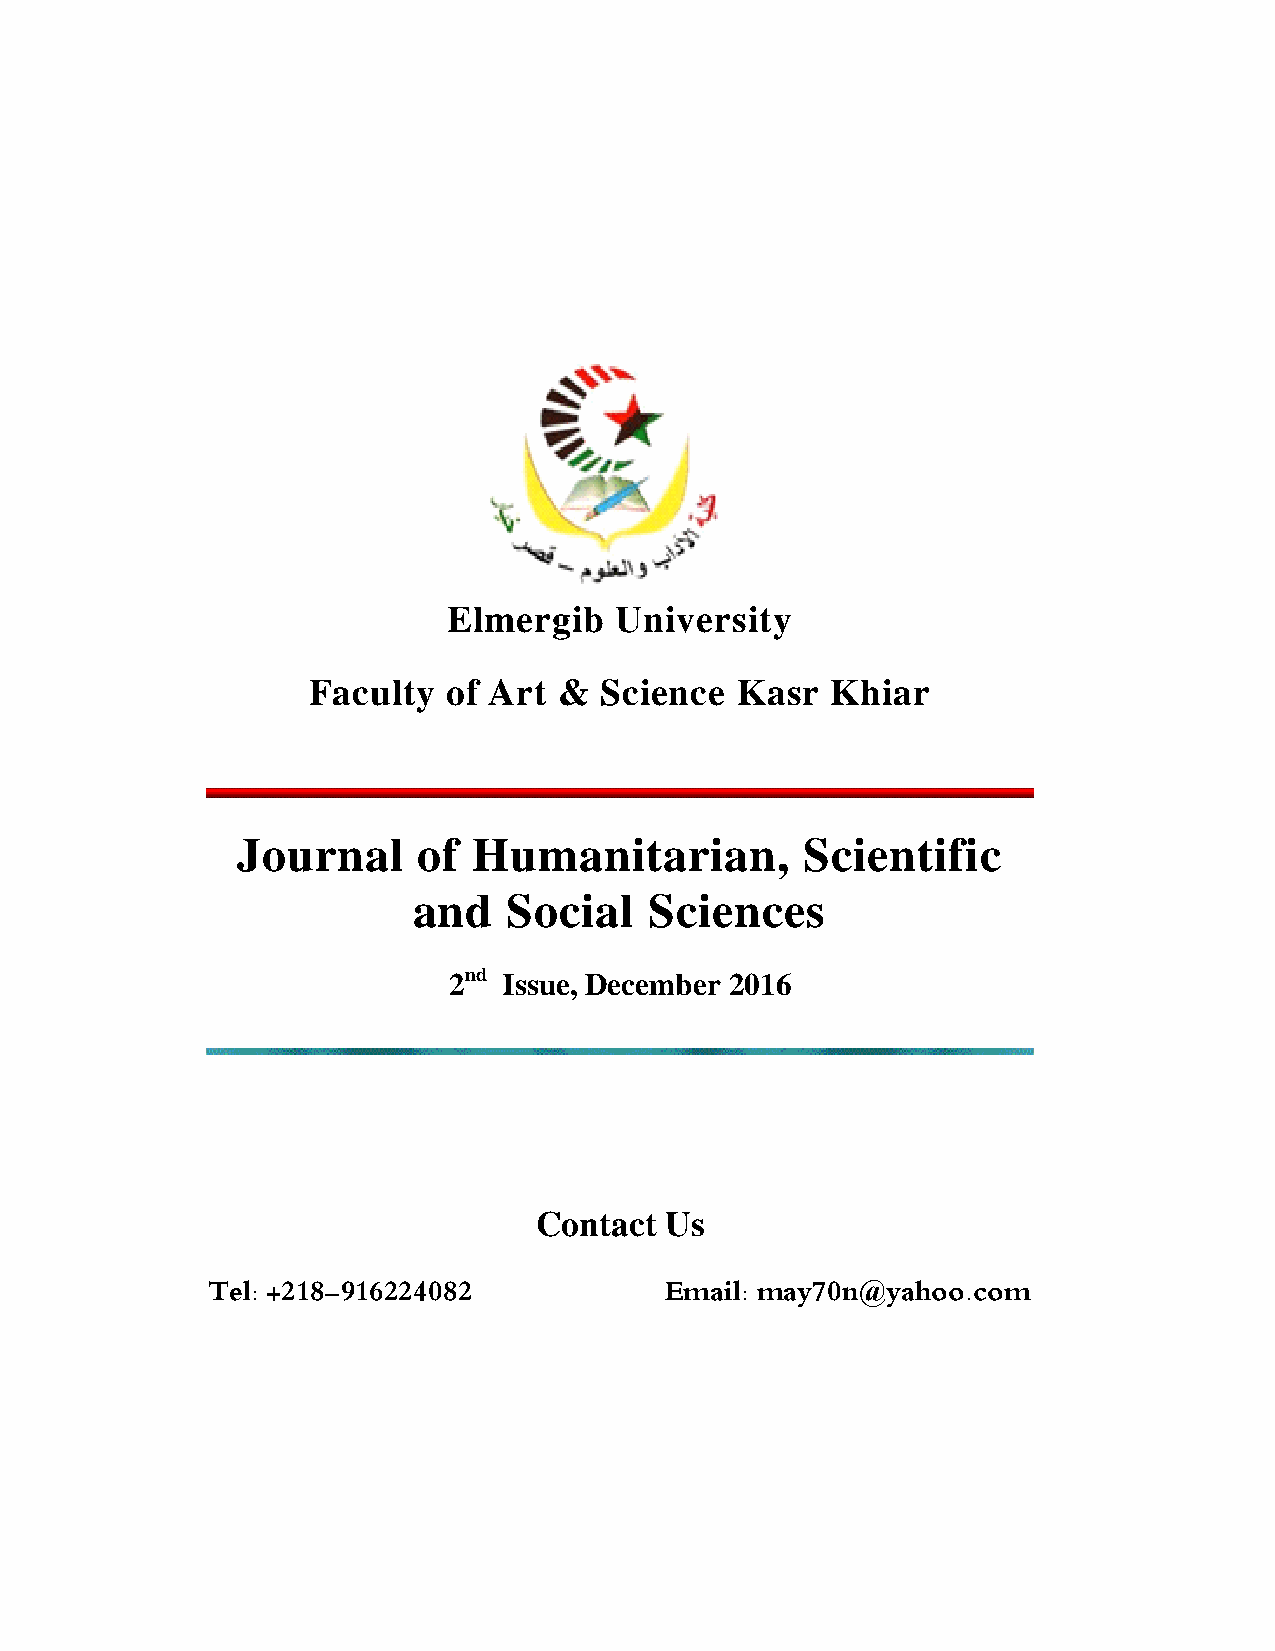
Elmergib   University
 Faculty   of Art &  Science  Kasr  Khiar
 Journal     of Humanitarian,         Scientific
 and    Social   Sciences
 2nd Issue, December 2016
 Contact  Us
 Tel: +981-280992619           Email: may70n@yahoo.com